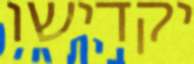
יקדישו